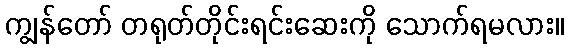
ကျွန်တော် တရုတ်တိုင်းရင်းဆေးကို သောက်ရမလား။